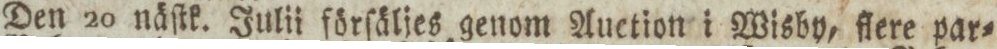
Den 20 näſtk. Julii förſäljes genom Auction i Wisby, flere par=